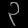
Digit: ၃